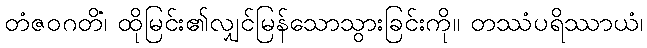
တံဇဝဂတိံ၊ ထိုမြင်း၏လျှင်မြန်သောသွားခြင်းကို။ တဿံပရိဿာယံ၊